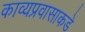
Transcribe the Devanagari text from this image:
काव्यप्रवासाकडे